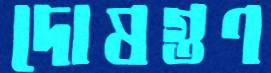
দোষগুণ